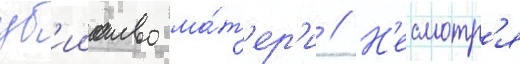
уб'ииство ма́т'ер'и // Н'есмотр'я